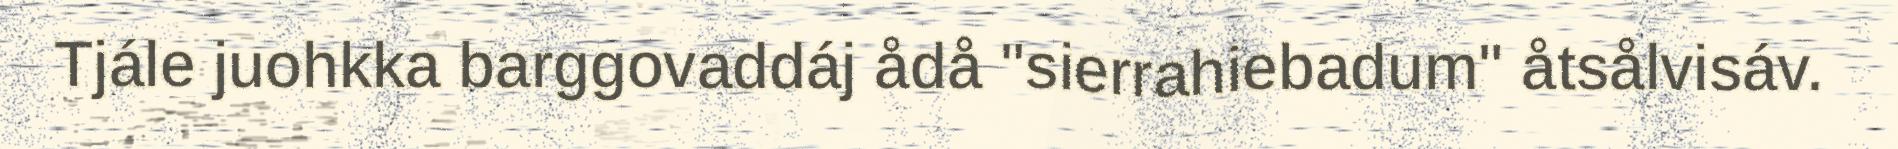
Tjále juohkka barggovaddáj ådå "sierrahiebadum" åtsålvisáv.